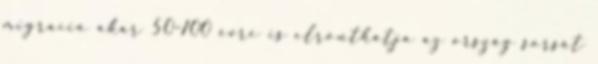
migráció akár 50-100 évre is elronthatja az ország sorsát